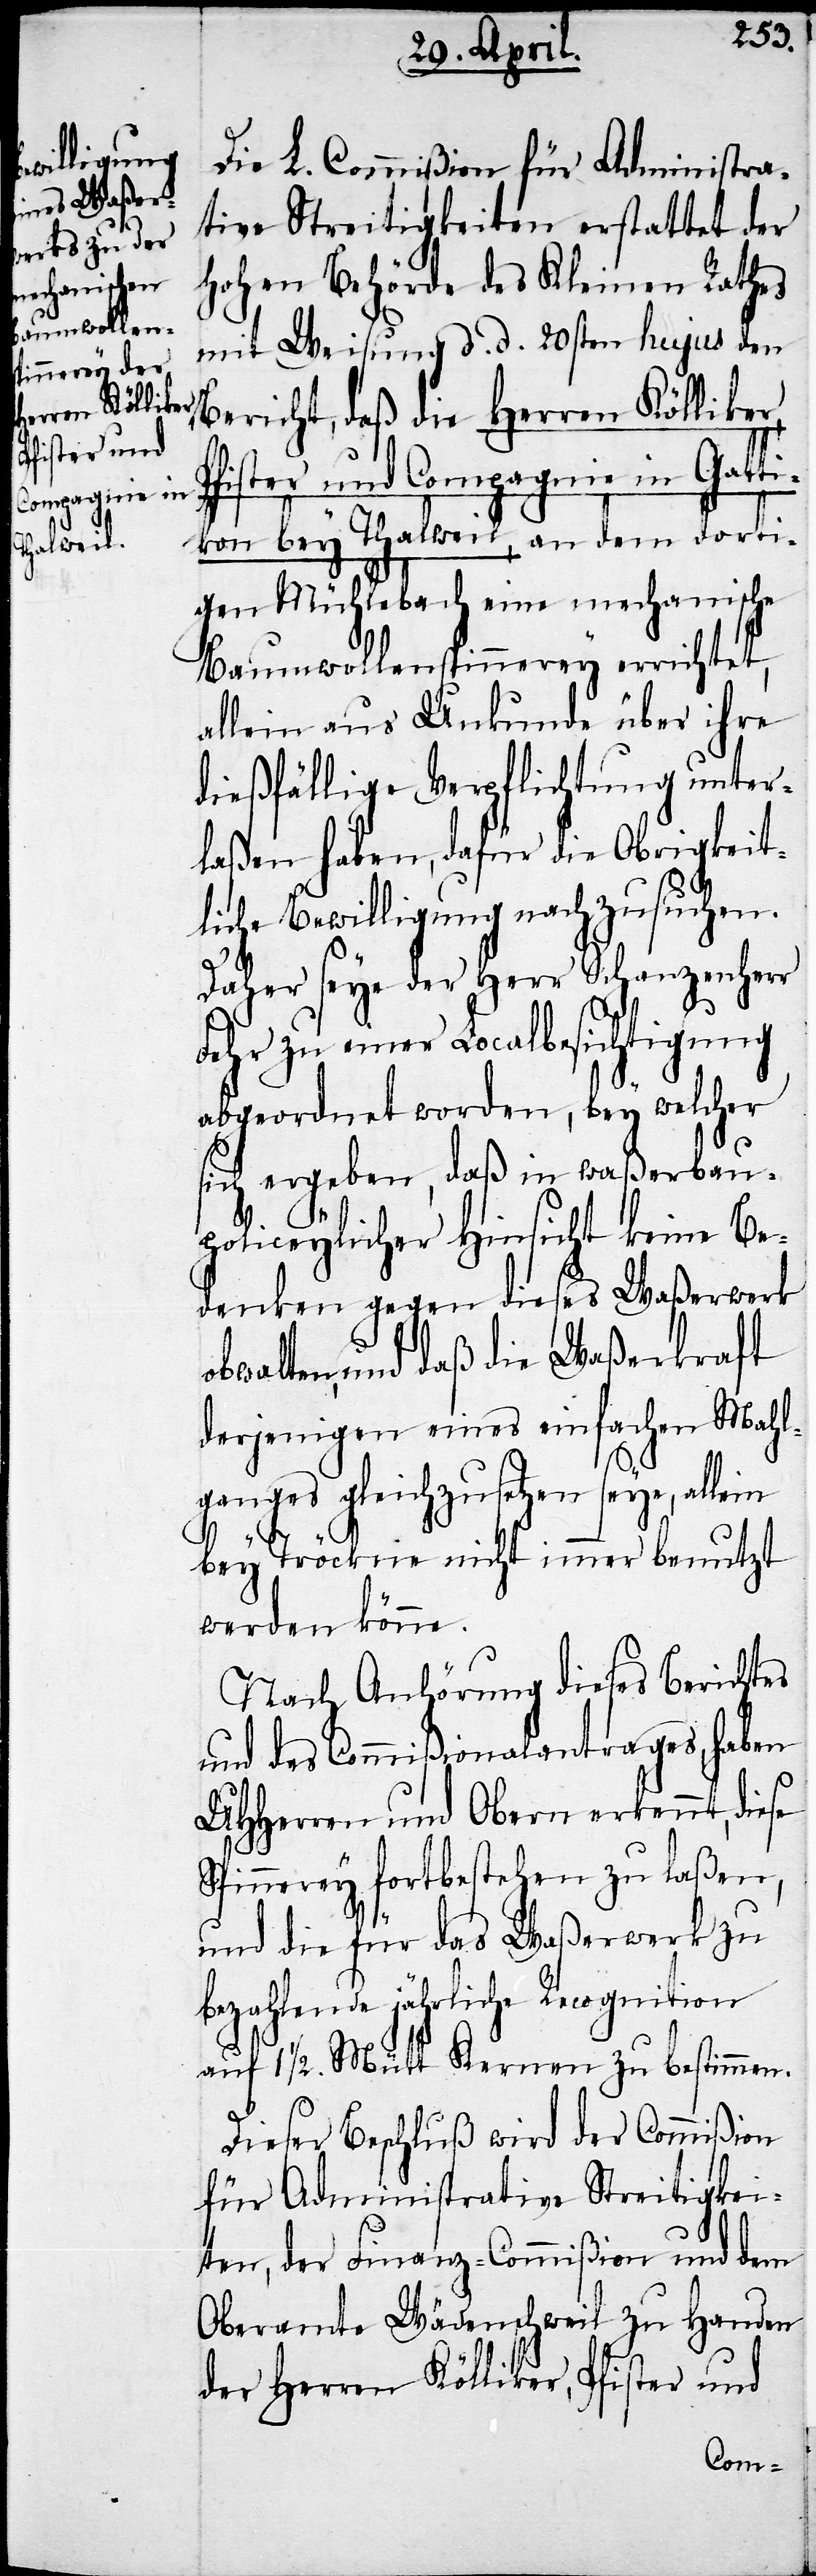
Die L. Commißion für Administra¬
tive Streitigkeiten erstattet der
hohen Behörde des Kleinen Rathes
mit Weisung d. d. 20sten hujus den
Bericht, daß die Herren Kölliker,
ister und Compagnie in Gatti¬
kon bey Thalweil, an dem dorti¬
gen Mühlebach eine mechanische
Baumwollenspinnerey errichtet,
allein aus Unkunde über ihre
dießfällige Verpflichtung unter¬
laßen haben, dafür die Obrigkeit¬
liche Bewilligung nachzusuchen.
Daher seye der Herr Schanzenherr
Pf¬
Fehr zu einer Localbesichtigung
abgeordnet worden, bey welcher
sich ergeben, daß in waßerbau¬
policeylicher Hinsicht keine Be¬
denken gegen dieses Waßerwerk
obwalten, daß die Waßerkraft
derjenigen eines einfachen Mahl¬
ganges gleichzusetzen seye, allein
bey Tröckne nicht immer benutzt
werden könne.
Nach Anhörung dieses Berichtes
und des Commißionalantrages, haben
UHHerren und Obern erkennt, diese
Spinnerey fortbestehen zu laßen,
und die für das Waßerwerk zu
bezahlende jährliche Recognition
auf 1 ½. Mütt Kernen zu bestimmen.
Dieser Beschluß wird der Commißion
für Administrative Streitigkei¬
ten, der Finanz-Commißion und dem
Oberamte Wädenschweil zu Handen
der Herren Kölliker, Pfister und